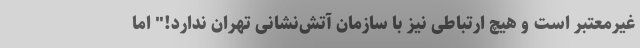
غیرمعتبر است و هیچ ارتباطی نیز با سازمان آتش‌نشانی تهران ندارد!" اما